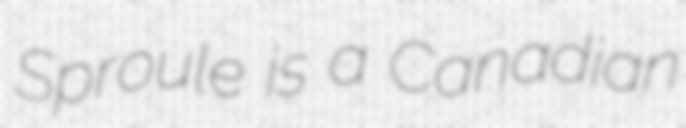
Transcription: Sproule is a Canadian